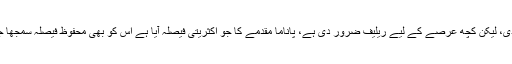
باقی تین ججوں نے بھی وزیراعظم کو کوئی کلین چٹ نہیں دی، لیکن کچھ عرصے کے لیے ریلیف ضرور دی ہے، پاناما مقدمے کا جو اکثریتی فیصلہ آیا ہے اس کو بھی محفوظ فیصلہ سمجھا جائے، کیونکہ ہار جیت کا فیصلہ تو دو ماہ کے بعد ہونا ہے۔